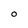
Character: O